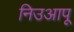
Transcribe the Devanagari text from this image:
निउआपू